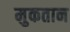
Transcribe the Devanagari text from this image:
मुकतान